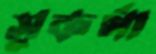
সুকর্ণা